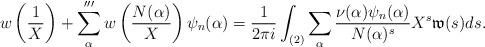
LaTeX: \begin{align*} w\left(\frac{1}{X}\right) + \sum_{\alpha}''' w\left(\frac{N(\alpha)}{X}\right) \psi_n(\alpha) = \frac{1}{2\pi i}\int_{(2)} \sum_{\alpha} \frac{\nu(\alpha)\psi_n(\alpha)}{N(\alpha)^s} X^s \mathfrak{w}(s) ds. \end{align*}